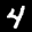
Label: 4